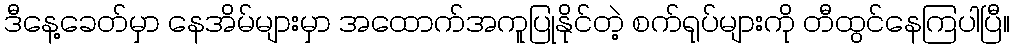
ဒီနေ့ခေတ်မှာ နေအိမ်များမှာ အထောက်အကူပြုနိုင်တဲ့ စက်ရုပ်များကို တီထွင်နေကြပါပြီ။